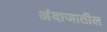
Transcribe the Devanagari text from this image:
अंदाजातील